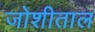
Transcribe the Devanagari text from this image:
जोशीताल